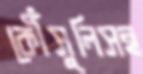
কৌঁসুলিসহ